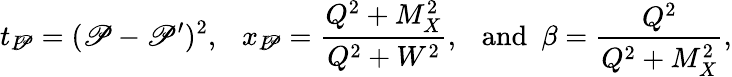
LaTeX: t_{I\! \! \mathscr{P}}=(\mathscr{P}-\mathscr{P}^{\prime})^{2},~~~x_{I\! \! \mathscr{P}}=\frac{{Q^{2}+M_{X}^{2}}}{{Q^{2}+W^{2}}},~~~\mathrm{{and}}~~\beta=\frac{{Q^{2}}}{{Q^{2}+M_{X}^{2}}},